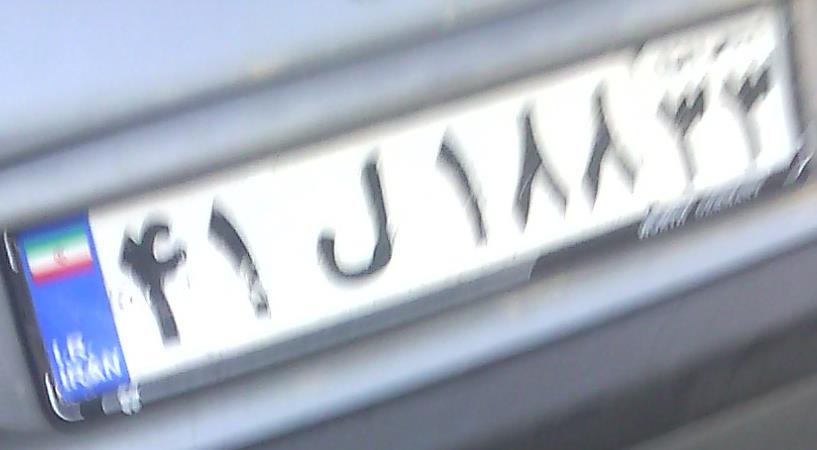
۴۱ل۱۸۸۳۳